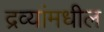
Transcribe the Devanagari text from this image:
द्रव्यांमधील